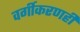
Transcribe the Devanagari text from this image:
वर्गीकरणही